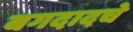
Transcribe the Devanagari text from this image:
बगदादचे